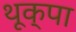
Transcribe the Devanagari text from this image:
थूक्‍पा